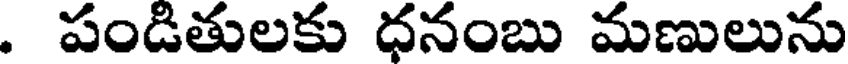
. పండితులకు ధనంబు మణులును